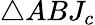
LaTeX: \triangle ABJ_{c}